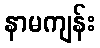
နာမကျန်း